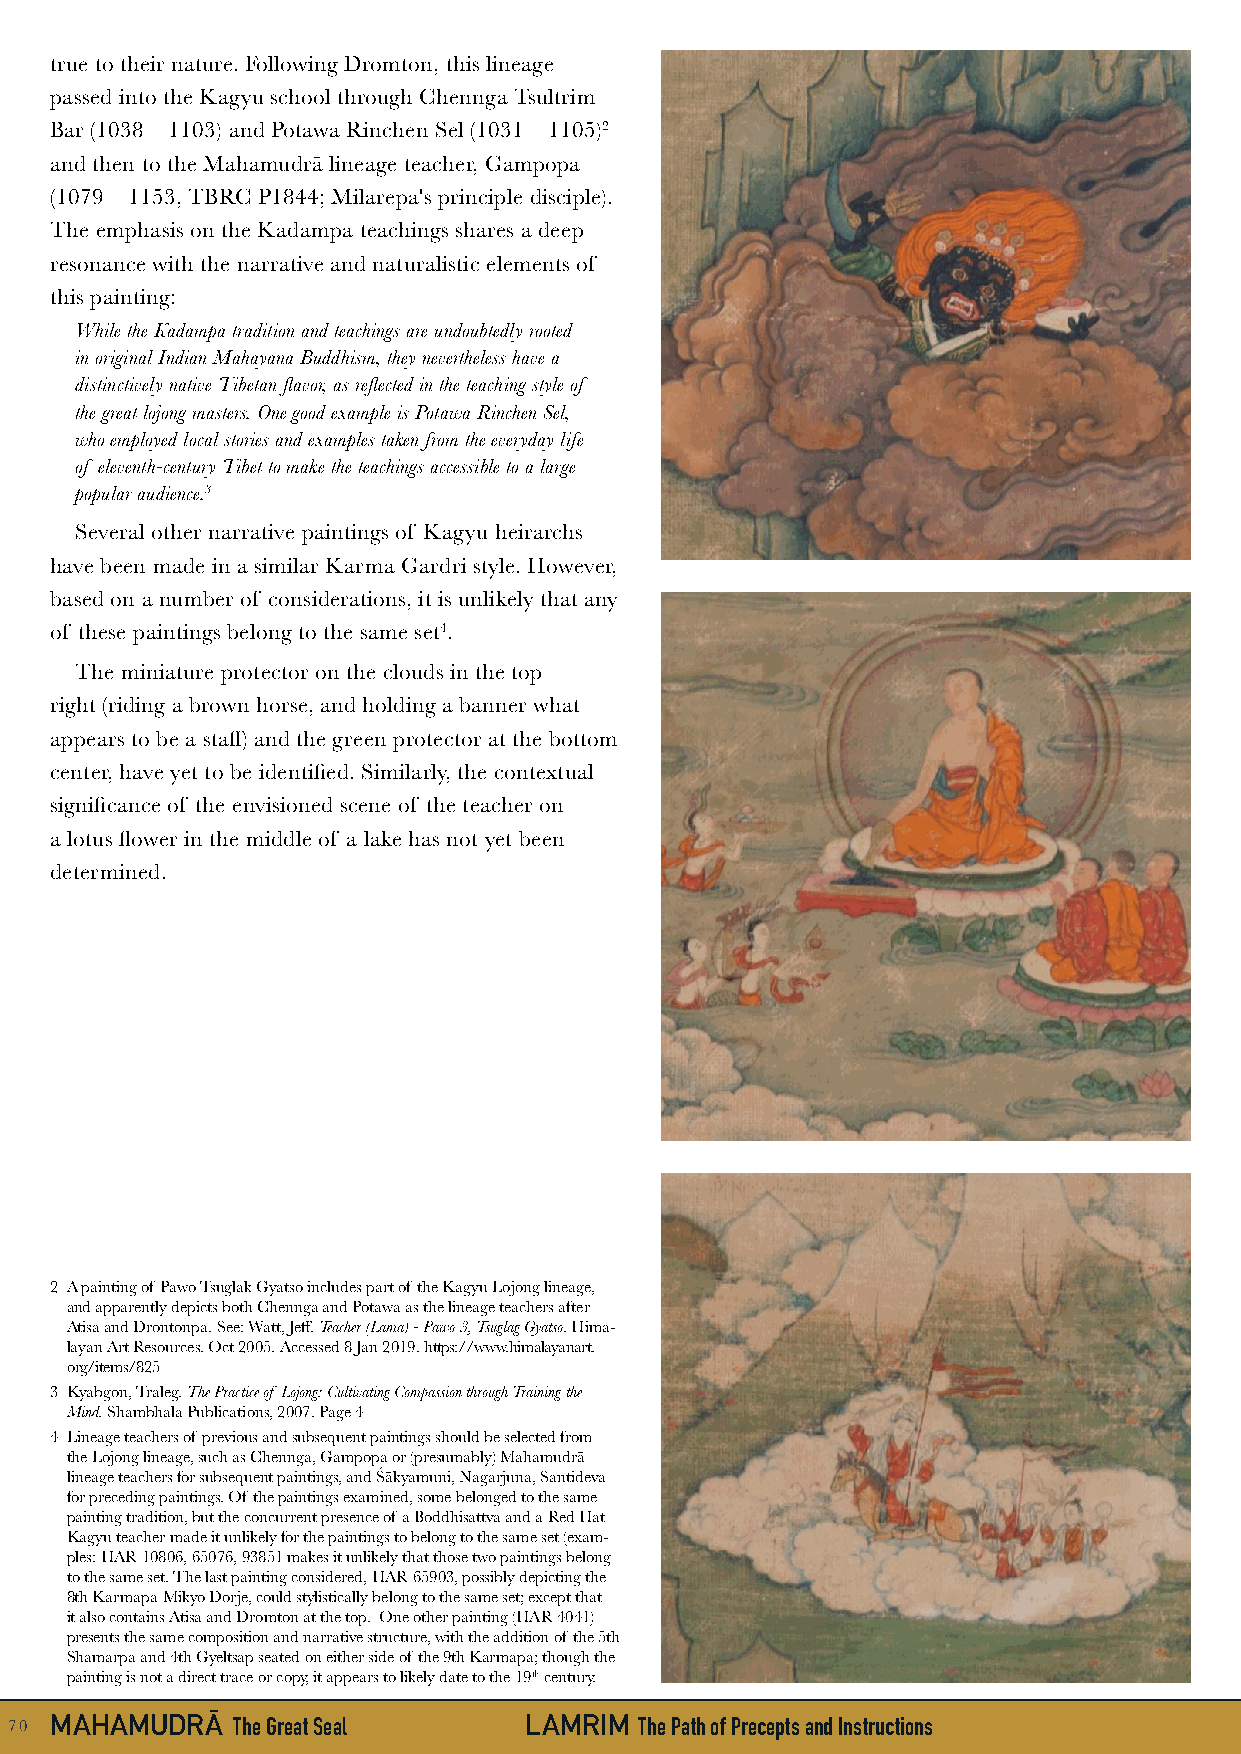
true to their nature. Following Dromton, this lineage
 passed into the Kagyu school through Chennga Tsultrim
 Bar (1038 – 1103) and Potawa Rinchen Sel (1031 – 1105)2
 and then to the Mahamudrā lineage teacher, Gampopa
 (1079 – 1153, TBRC P1844; Milarepa's principle disciple).
 The emphasis on the Kadampa teachings shares a deep
 resonance with the narrative and naturalistic elements of
 this painting:
 While the Kadampa tradition and teachings are undoubtedly rooted
 in original Indian Mahayana Buddhism, they nevertheless have a
 distinctively native Tibetan flavor, as reflected in the teaching style of
 the great lojong masters. One good example is Potawa Rinchen Sel,
 who employed local stories and examples taken from the everyday life
 of eleventh-century Tibet to make the teachings accessible to a large
 popular audience.3
 Several other narrative paintings of Kagyu heirarchs
 have been made in a similar Karma Gardri style. However,
 based on a number of considerations, it is unlikely that any
 of these paintings belong to the same set4.
 The miniature protector on the clouds in the top
 right (riding a brown horse, and holding a banner what
 appears to be a staff) and the green protector at the bottom
 center, have yet to be identified. Similarly, the contextual
 significance of the envisioned scene of the teacher on
 a lotus flower in the middle of a lake has not yet been
 determined.
 2 A painting of Pawo Tsuglak Gyatso includes part of the Kagyu Lojong lineage,
 and apparently depicts both Chennga and Potawa as the lineage teachers after
 Atisa and Drontonpa. See: Watt, Jeff. Teacher (Lama) - Pawo 3, Tsuglag Gyatso. Hima-
 layan Art Resources. Oct 2005. Accessed 8 Jan 2019. https://www.himalayanart.
 org/items/825
 3 Kyabgon, Traleg. The Practice of Lojong: Cultivating Compassion through Training the
 Mind. Shambhala Publications, 2007. Page 4
 4 Lineage teachers of previous and subsequent paintings should be selected from
 the Lojong lineage, such as Chennga, Gampopa or (presumably) Mahamudrā
 lineage teachers for subsequent paintings, and Śākyamuni, Nagarjuna, Santideva
 for preceding paintings. Of the paintings examined, some belonged to the same
 painting tradition, but the concurrent presence of a Boddhisattva and a Red Hat
 Kagyu teacher made it unlikely for the paintings to belong to the same set (exam-
 ples: HAR 10806, 65076, 93851 makes it unlikely that those two paintings belong
 to the same set. The last painting considered, HAR 65903, possibly depicting the
 8th Karmapa Mikyo Dorje, could stylistically belong to the same set; except that
 it also contains Atisa and Dromton at the top. One other painting (HAR 4041)
 presents the same composition and narrative structure, with the addition of the 5th
 Shamarpa and 4th Gyeltsap seated on either side of the 9th Karmapa; though the
 painting is not a direct trace or copy, it appears to likely date to the 19th century.
 70 MAHAMUDRĀ  The Great Seal      LAMRIM The Path of Precepts and Instructions